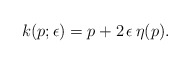
\begin{align*} k(p;\epsilon)=p+2 \,\epsilon\, \eta(p).\end{align*}